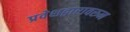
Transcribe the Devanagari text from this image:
प्रवेशद्वारावरुन